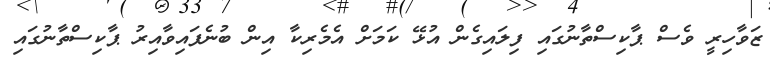
ޒަވާހިރީ ވެސް ޕާކިސްތާނުގައި ފިލައިގެން އުޅޭ ކަމަށް އެމެރިކާ އިން ބުނެފައިވާއިރު ޕާކިސްތާނުގައި